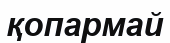
қопармай